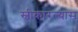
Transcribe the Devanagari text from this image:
स्वीकारल्यास